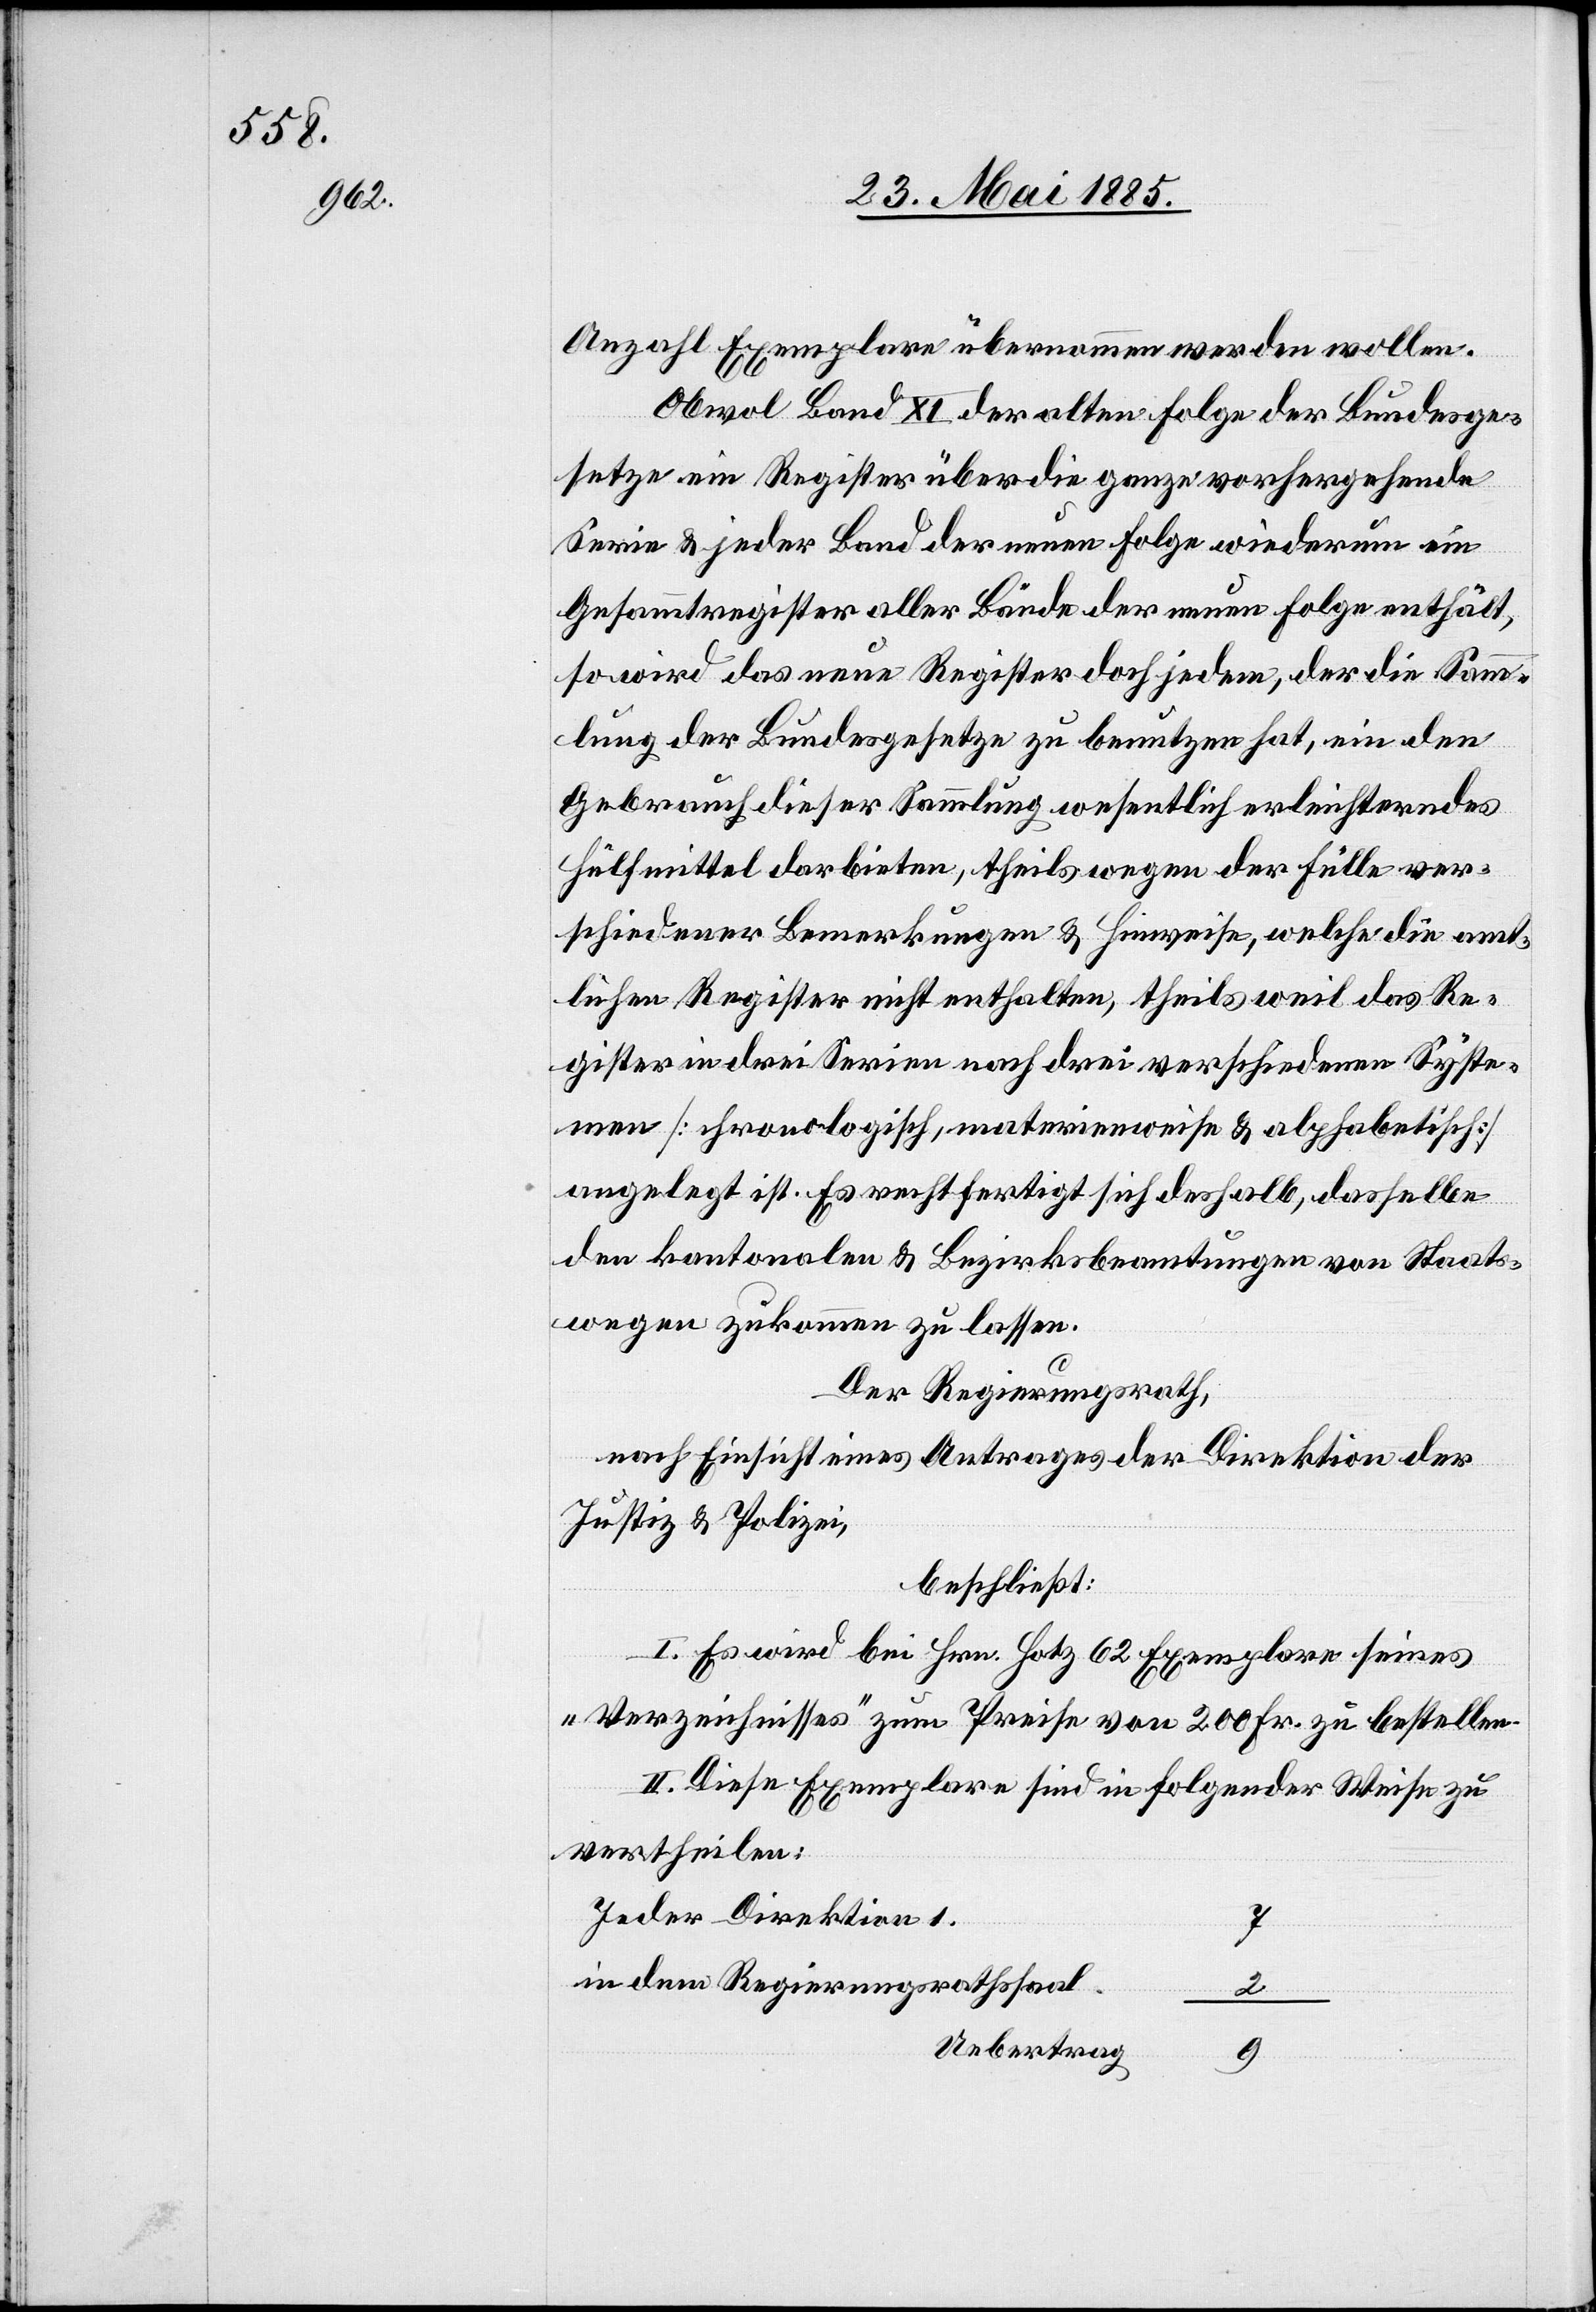
Anzahl Exemplare übernommen werden wollen.
Obwol Band XI der alten Folge der Bundesge¬
setze ein Register über die ganze vorhergehende
Serie & jeder Band der neuen Folge wiederum ein
Gesammtregister aller Bände der neuen Folge enthält,
so wird das neue Register doch jedem, der die Samm¬
lung der Bundesgesetze zu benutzen hat, ein den
Gebrauch dieser Sammlung wesentlich erleichterndes
Hülfmittel darbieten, theils wegen der Fülle ver¬
schiedener Bemerkungen & Hinweise, welche die amt¬
lichen Register nicht enthalten, theils weil das Re¬
gister in drei Serien nach drei verschiedenen Syste¬
men [chronologisch, materienweise & alphabetisch]
angelegt ist. Es rechtfertigt sich deshalb, dasselbe
den kantonalen & Bezirksbeamtungen von Staats¬
wegen zukommen zu lassen.
Der Regierungsrath,
nach Einsicht eines Antrages der Direktion der
Justiz & Polizei,
beschließt:
„Verzeichnisses“ zum Preise von 200 Fr. zu bestellen.
II. Diese Exemplare sind in folgender Weise zu
vertheilen:
Jeder Direktion 1.
7
in dem Regierungsrathssaal
2
Uebertrag
9